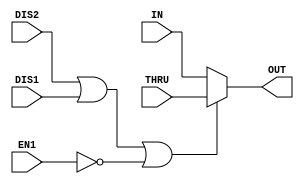

module mux32 





































(EN1, DIS1, DIS2, IN, THRU, OUT); 







input EN1; 
input DIS1; 
input DIS2; 
input [31:0] IN; 
input [31:0] THRU; 
output [31:0] OUT; 

wire enable; 

assign enable = ~(DIS2 | DIS1 | ~EN1); 
assign OUT = enable ? IN : THRU; 

endmodule